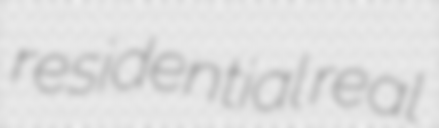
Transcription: residential real